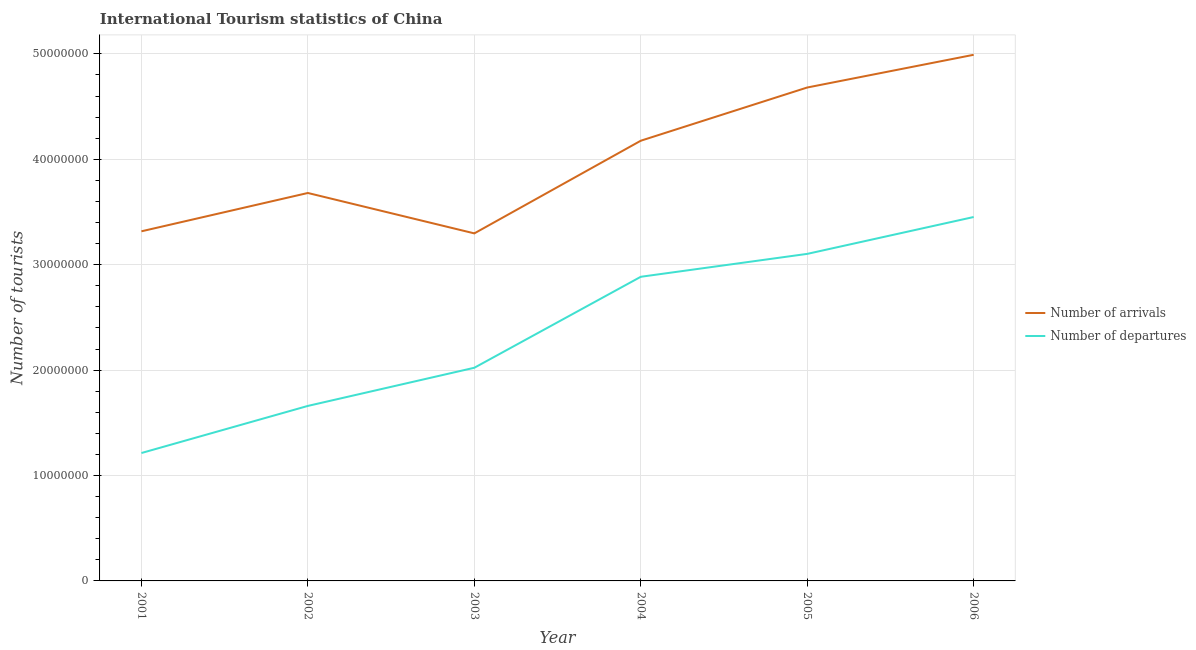
| Year | Number of arrivals | Number of departures |
 | --- | --- | --- |
 | 2001 | 3.32e+07 | 1.21e+07 |
 | 2002 | 3.68e+07 | 1.66e+07 |
 | 2003 | 3.3e+07 | 2.02e+07 |
 | 2004 | 4.18e+07 | 2.89e+07 |
 | 2005 | 4.68e+07 | 3.1e+07 |
 | 2006 | 4.99e+07 | 3.45e+07 |